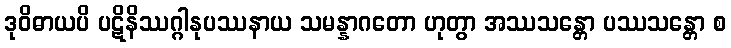
ဒုဝိဓာယပိ ပဋိနိဿဂ္ဂါနုပဿနာယ သမန္နာဂတော ဟုတွာ အဿသန္တော ပဿသန္တော စ